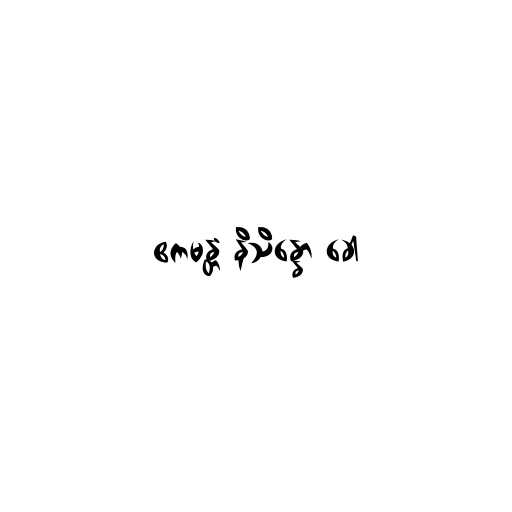
ဧကမန္တံ နိသိန္နော ခေါ